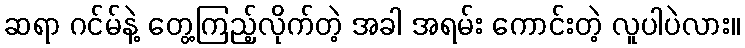
ဆရာ ဂင်မ်နဲ့ တွေ့ကြည့်လိုက်တဲ့ အခါ အရမ်း ကောင်းတဲ့ လူပါပဲလား။